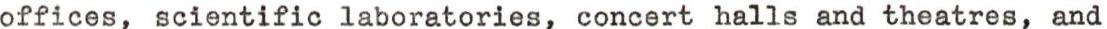
offices, scientific laboratories, concert halls and theatres, and